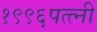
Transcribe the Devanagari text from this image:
१९९६पत्त्नी